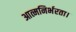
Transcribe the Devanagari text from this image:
आत्मनिर्भरता।